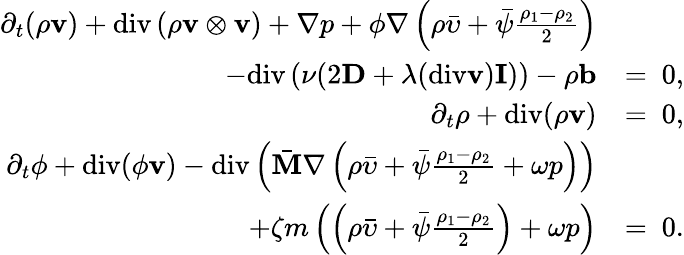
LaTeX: \begin{array}{rl}{\partial_{t}(\rho\mathbf{v})+\mathrm{div}\left(\rho\mathbf{v}\otimes\mathbf{v}\right)+\nabla p+\phi\nabla\left(\rho\bar{\upsilon}+\bar{\psi}\frac{\rho_{1}-\rho_{2}}{2}\right)}&{}\\ {-\mathrm{div}\left(\nu(2\mathbf{D}+\lambda(\mathrm{div}\mathbf{v})\mathbf{I})\right)-\rho\mathbf{b}}&{=~0,}\\ {\partial_{t}\rho+\mathrm{div}(\rho\mathbf{v})}&{=~0,}\\ {\partial_{t}\phi+\mathrm{div}(\phi\mathbf{v})-\mathrm{div}\left(\bar{\mathbf{M}}\nabla\left(\rho\bar{\upsilon}+\bar{\psi}\frac{\rho_{1}-\rho_{2}}{2}+\omega p\right)\right)}&{}\\ {+\zeta m\left(\left(\rho\bar{\upsilon}+\bar{\psi}\frac{\rho_{1}-\rho_{2}}{2}\right)+\omega p\right)}&{=~0.}\end{array}